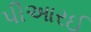
પીઆરઈ